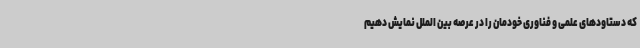
که دستاودهای علمی و فناوری خودمان را در عرصه بین الملل نمایش دهیم